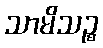
သာမိသဉ္စ